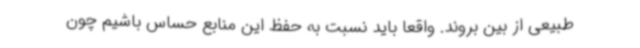
طبیعی از بین بروند. واقعا باید نسبت به حفظ این منابع حساس باشیم چون